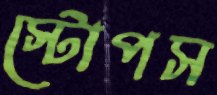
স্টোপস